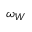
\omega _ { W }